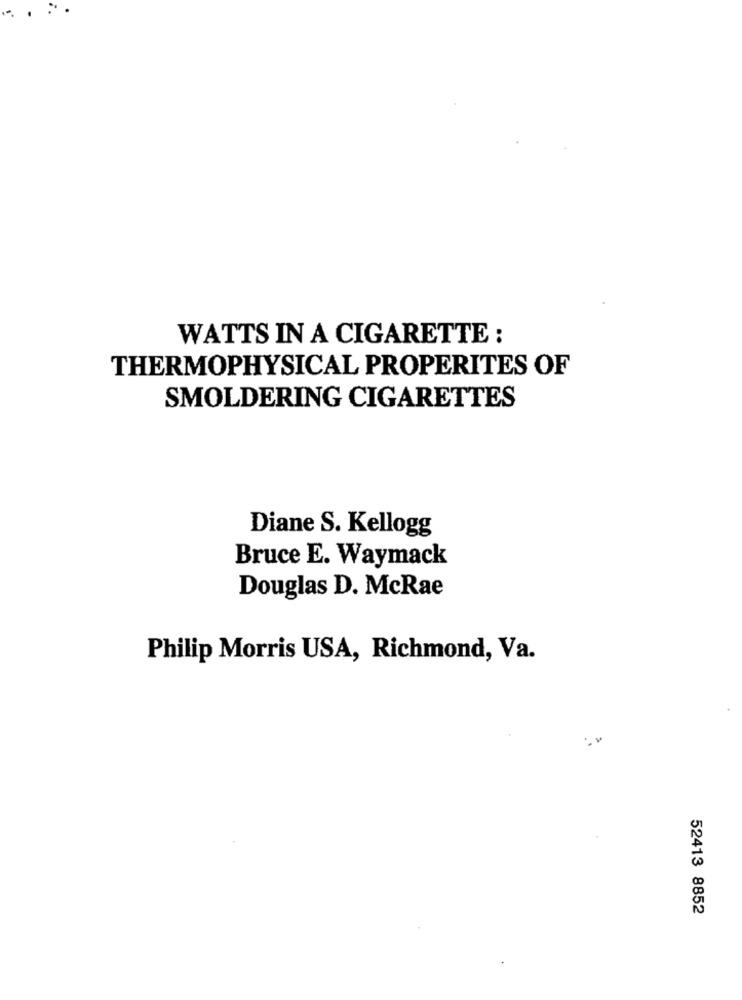
WATTS IN A CIGARETTE :
THERMOPHYSICAL PROPERITES OF
SMOLDERING CIGARETTES
Diane S. Kellogg
Bruce E. Waymack
Douglas D. McRae
Philip Morris USA, Richmond, Va.
52413 8852